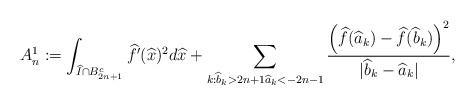
LaTeX: \begin{align*}A^1_n:=\int_{\widehat{I}\cap B_{2n+1}^c} \widehat{f}'(\widehat{x})^2d\widehat{x}+\sum_{k: \widehat{b}_k>2n+1\widehat{a}_k<-2n-1}\frac{\left(\widehat{f}(\widehat{a}_k)-\widehat{f}(\widehat{b}_k)\right)^2}{|\widehat{b}_k-\widehat{a}_k|},\end{align*}